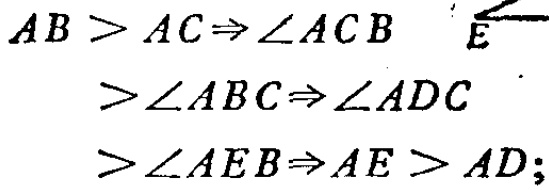
\(

\begin{align*}

AB>AC&\Rightarrow\angle ACB\\

&>\angle ABC\Rightarrow\angle ADC\\

&>\angle AEB\Rightarrow AE > AD;

\end{align*}

\)